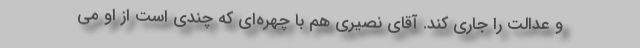
و عدالت را جاری کند. آقای نصیری هم با چهره‌ای که چندی است از او می